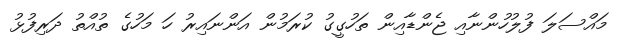
މައްސަލަ ފުލުހުންނާއި ޖެންޑާއިން ތަހުގީގު ކުރަމުން އަންނައިރު ހަ މަހުގެ ތުއްތު ދަރިފުޅު